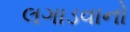
લગાડવાનો